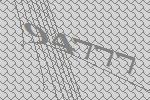
94777